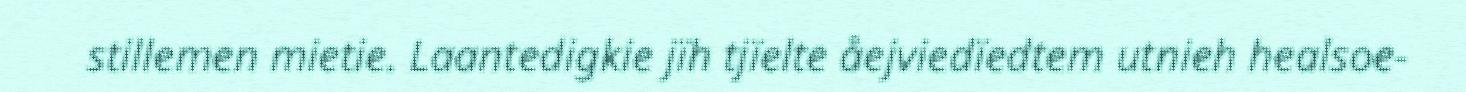
stillemen mietie. Laantedigkie jïh tjïelte åejviedïedtem utnieh healsoe-